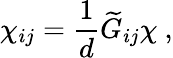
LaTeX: \chi_{ij}={\frac{1}{d}}{\widetilde G}_{ij}\chi~,